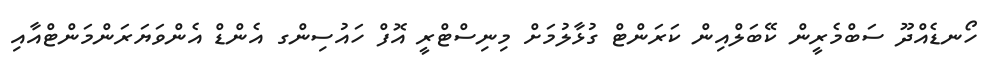
ހޯނޑެއްދޫ ސަބްމެރީން ކޭބަލްއިން ކަރަންޓް ގުޅާލުމަށް މިނިސްޓްރީ އޮފް ހައުސިންގ އެންޑް އެންވަޔަރަންމަންޓްއާއި